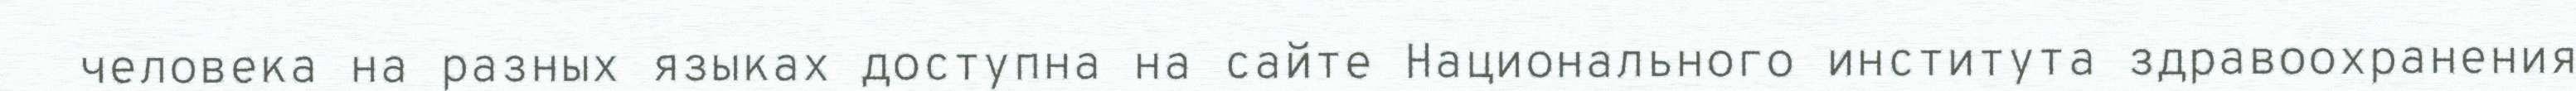
человека на разных языках доступна на сайте Национального института здравоохранения